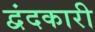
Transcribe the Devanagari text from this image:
द्वंदकारी